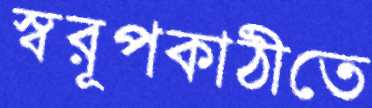
স্বরূপকাঠীতে